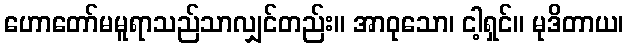
ဟောတော်မမူရာသည်သာလျှင်တည်း။ အာဝုသော၊ ငါ့ရှင်။ မုဒိတာယ၊